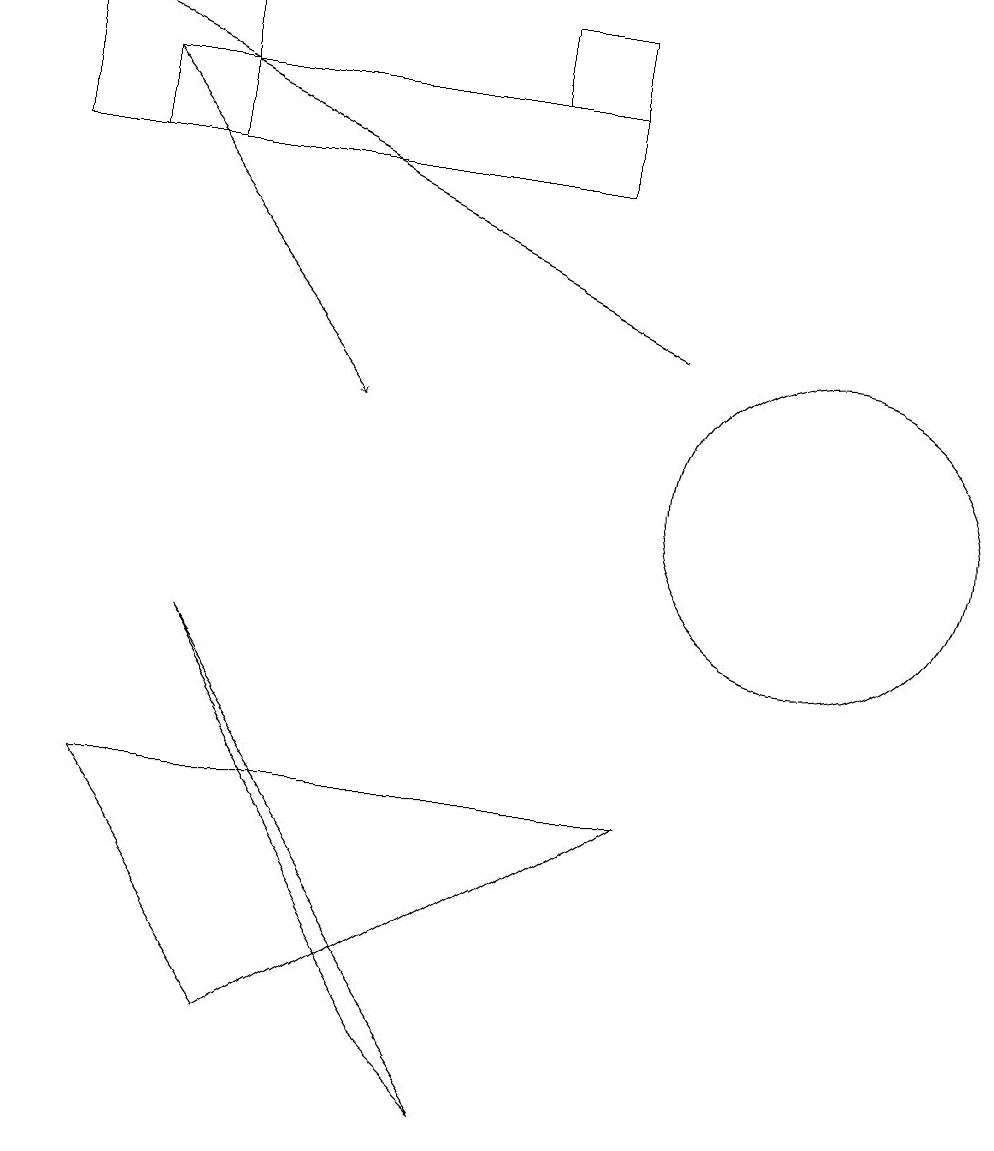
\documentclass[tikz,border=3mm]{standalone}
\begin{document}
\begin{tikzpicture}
\draw (7,16) rectangle (8,17);
\draw (2,15) rectangle (8,16);
\draw (4,4) -- (2,7) -- (9,7) -- cycle;
\draw (6,4) -- (7,3) -- (3,9) -- cycle;
\draw[->] (9,13) -- (1,17);
\draw[->] (2,16) -- (5,12);
\draw (1,17) rectangle (3,15);
\draw (11,11) circle (2);
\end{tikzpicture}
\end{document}